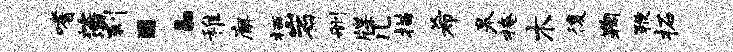
嗜藩刻：稚廨栖岩删牒几描希皋掩木後鞠鞭柘